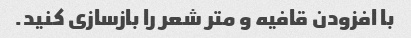
با افزودن قافیه و متر شعر را بازسازی کنید.